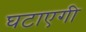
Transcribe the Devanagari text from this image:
घटाएगी